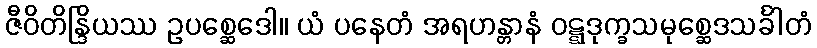
ဇီဝိတိန္ဒြိယဿ ဥပစ္ဆေဒေါ။ ယံ ပနေတံ အရဟန္တာနံ ဝဋ္ဋဒုက္ခသမုစ္ဆေဒသင်္ခါတံ